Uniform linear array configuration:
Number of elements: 8
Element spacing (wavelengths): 0.25
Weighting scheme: cosine
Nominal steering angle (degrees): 45
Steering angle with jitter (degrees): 44.662
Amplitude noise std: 0.05
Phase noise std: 0.05

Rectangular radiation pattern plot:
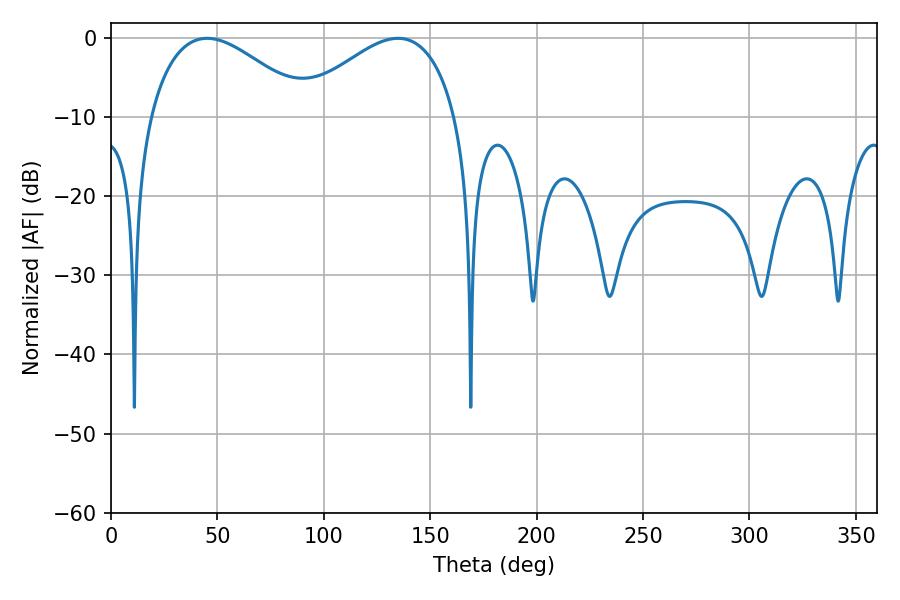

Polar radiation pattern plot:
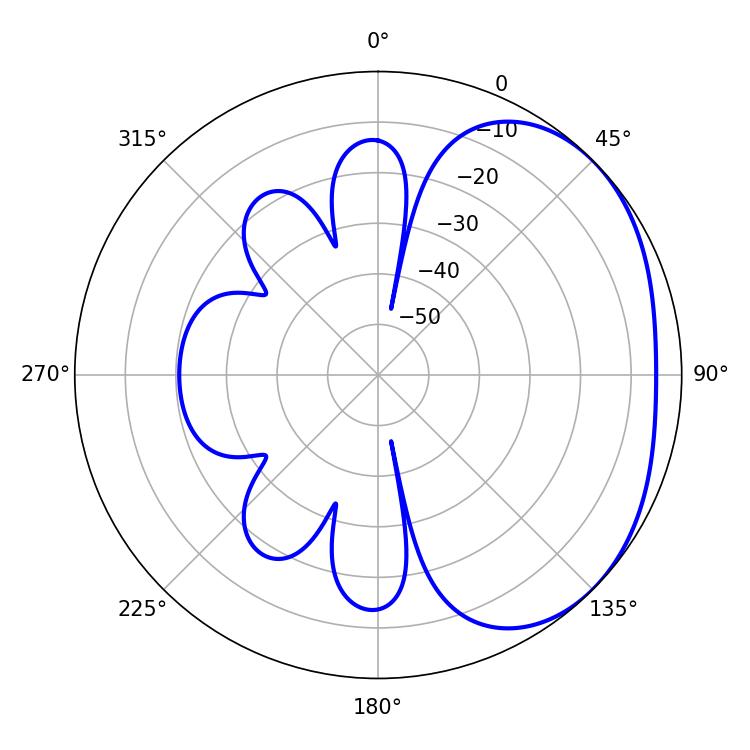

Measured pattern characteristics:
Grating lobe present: FALSE
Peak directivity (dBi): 2.471
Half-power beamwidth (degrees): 41.04
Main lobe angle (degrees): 45.18